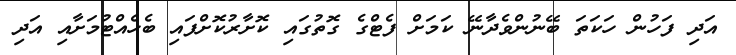
އަދި ފަހުން ހަކަތަ ބޭނުންވެދާނޭ ކަމަށް ފެޓްގެ ގޮތުގައި ކޮށާރުކޮށްފައި ބެހެއްޓުމަށާއި އަދި